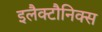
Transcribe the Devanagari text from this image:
इलैक्टौनिक्स